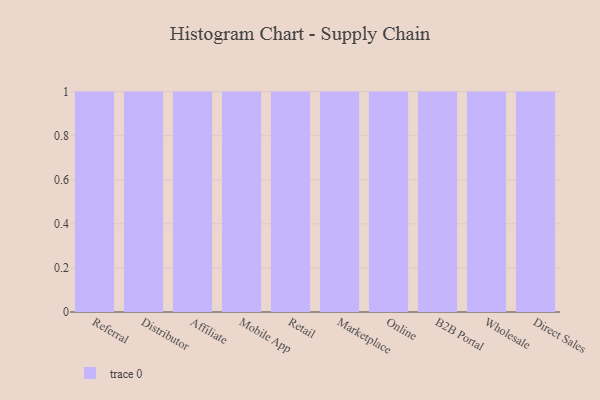
{"axis": {"x": "Channel", "y": "Demand Index"}, "legend": [""], "data": [{"x": "Referral", "y": 44, "type": ""}, {"x": "Distributor", "y": 7, "type": ""}, {"x": "Affiliate", "y": 98, "type": ""}, {"x": "Mobile App", "y": 96, "type": ""}, {"x": "Retail", "y": 10, "type": ""}, {"x": "Marketplace", "y": 31, "type": ""}, {"x": "Online", "y": 62, "type": ""}, {"x": "B2B Portal", "y": 76, "type": ""}, {"x": "Wholesale", "y": 99, "type": ""}, {"x": "Direct Sales", "y": 22, "type": ""}]}